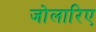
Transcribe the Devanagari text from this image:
जोलारिए